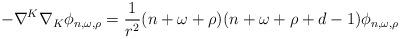
LaTeX: \begin{align*}-\nabla^K\nabla_K \phi_{n,\omega,\rho}={1 \over r^2}(n+\omega +\rho)(n+\omega +\rho+d-1)\phi_{n,\omega,\rho}\end{align*}